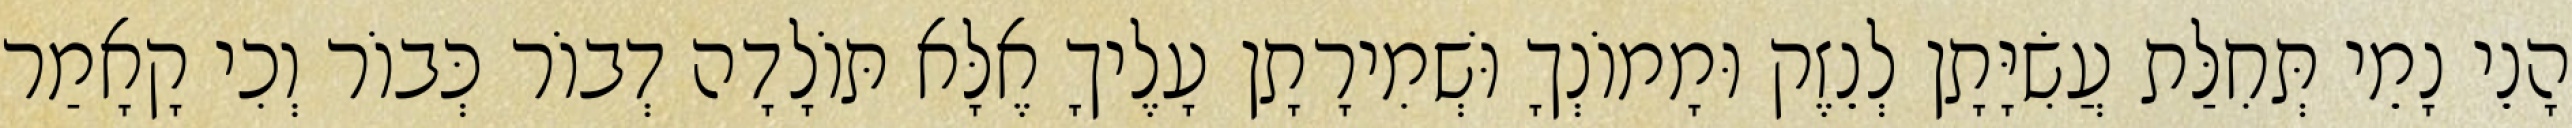
הָנֵי נָמֵי תְּחִלַּת עֲשִׂיָּתָן לְנֵזֶק וּמָמוֹנְךָ וּשְׁמִירָתָן עָלֶיךָ אֶלָּא תּוֹלָדָה דְבוֹר כְּבוֹר וְכִי קָאָמַר